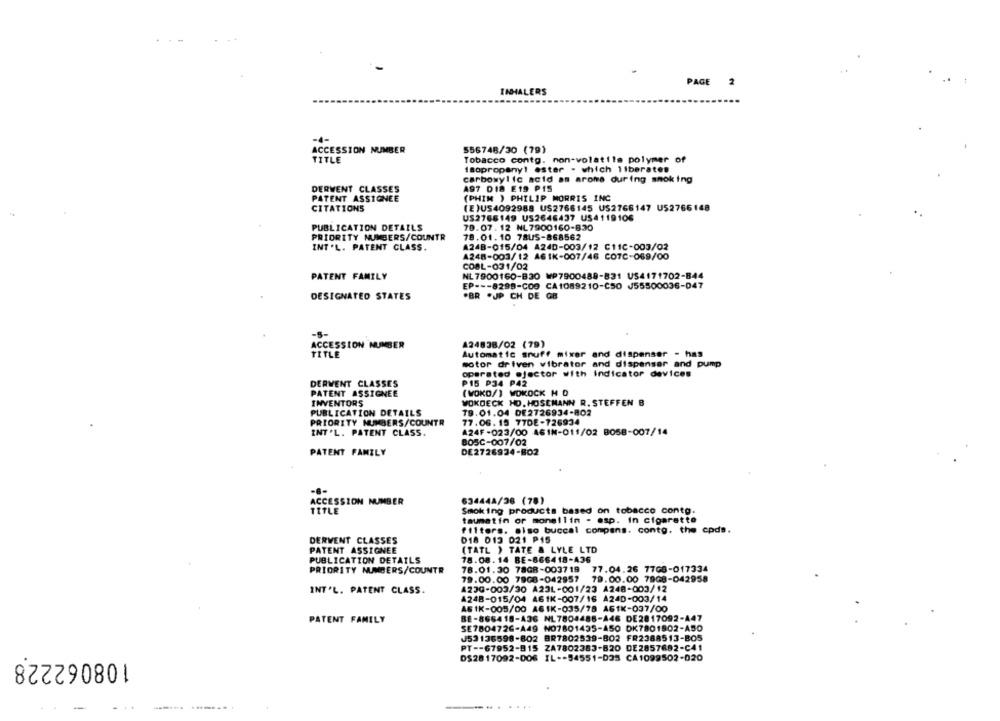
PAGE 2
INHALERS
ACCESSION NUMBER
556748/30 (79)
TITLE
Tobacco contg. non-volatile polymer of
Isopropanyl ester . which liberates
carboxylic acid am arome during smoking
DERWENT CLASSES
A97 DI8 E19 PIS
PATENT ASSIGNEE
(PHIM ) PHILIP MORRIS INC
CITATIONS
(E)US4092988 US2766145 US2766147 U52766148
US2766149 US2646437 US4119106
PUBLICATION DETAILS
79.07. 12 NL7900160-830
PRIORITY NUMBERS/COUNTR
78.01. 10 78US-868562
A248-015/04 A24D-003/12 C11C-003/02
INT'L. PATENT CLASS.
A248-003/12 A6IK-007/46 CO7C-069/00
COBL-031/02
PATENT FAMILY
NL 7900160-830 WP7900488-831 US4171702-B44
EP --- 8298-C09 CA1089210-C50 J55500036-047
DESIGNATED STATES
.BR .JP CH DE GB
-5-
ACCESSION NUMBER
A24838/02 (79)
TITLE
Automatic snuff mixer and dispenser - has
motor driven vibrator and dispenser and pump
operated @jector with indicator devices
DERVENT CLASSES
P15 P34 P42
PATENT ASSIGNEE
( WOKD/ ) WOKOCK M D
INVENTORS
WOKDECK HO. HOSEMANN R. STEFFEN B
PUBLICATION DETAILS
19.01.04 DE2726934-802
PRIORITY NUMBERS/COUNTR
77.06. 15 77DE-726934
INT'L. PATENT CLASS.
A24F-023/00 461N-011/02 8058-007/14
BOSC-007/02
PATENT FAMILY
DE2726934-802
ACCESSION NUMBER
634444/26 (78)
TITLE
Smoking products based on tobacco contg.
taumatin or mone!lin - esp. In cigarette
filters. also buccal compens. conto. the cp
DERVENT CLASSES
018 013 021 P15
PATENT ASSIGNEE
(TATL ) TATE & LYLE LTD
PUBLICATION DETAILS
78.08. 14 BE-866418-A36
PRIORITY NUMBERS/COUNTR
78.01.30 78GB-003719 77.04.26 77GB-017334
79.00.00 7908-042957 79.00.00 7908-042958
INT'L. PATENT CLASS.
A23G-003/30 A23L-001/23 A248-003/12
A248-015/04 A61K-007/16 A24D-003/14
ASIK-005/00 A6IK-035/78 A61K-037/00
PATENT FAMILY
BE-866418-A36 NL7804488-446 DE2817092-A47
SE7804726-A49 NO7801435-ASO DK7801802-A50
J53136598-802 BR7802539-802 FR2388513-BO5
PT -- 67952-915 ZA7802383-820 DE2857692-C41
108062228
DS2817092-006 IL -- 54551-035 CA1099502-020